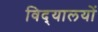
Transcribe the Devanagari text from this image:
विद्‌यालयों